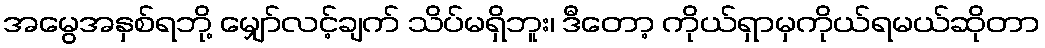
အမွေအနှစ်ရဘို့ မျှော်လင့်ချက် သိပ်မရှိဘူး၊ ဒီတော့ ကိုယ်ရှာမှကိုယ်ရမယ်ဆိုတာ